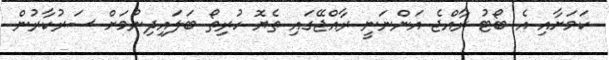
ކަމަށާއި އެ ބޯޓު ރާއްޖެ އަންނަނީ ރާއްޖޭގައި ތެޔޮ ހުރިތޯ ބަލައިދިނުމަށް ސަރުކާރުން